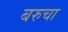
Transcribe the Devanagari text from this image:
बरुचा